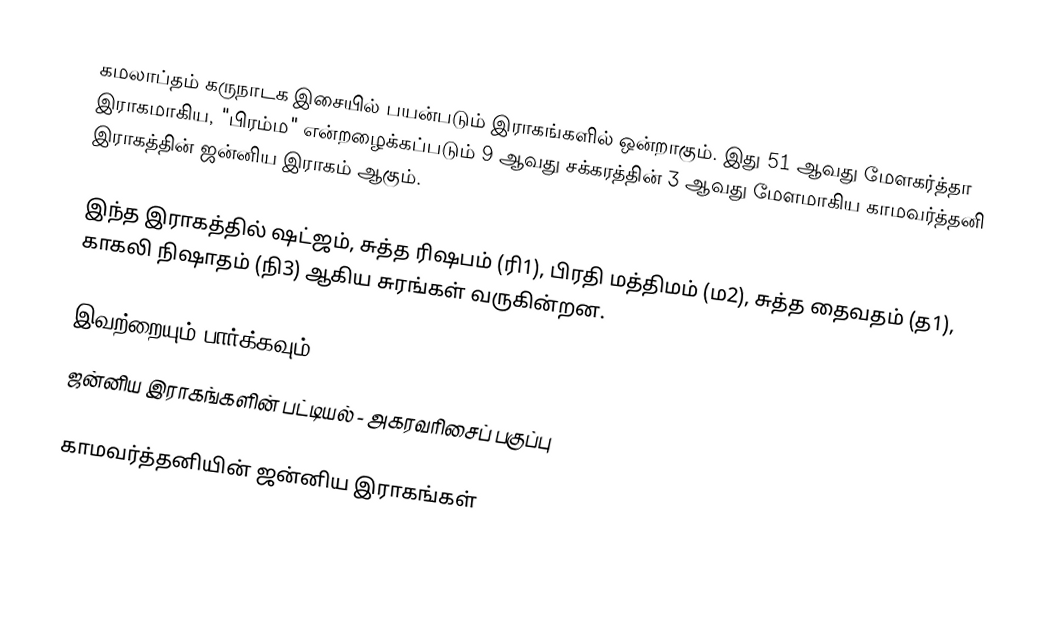
கமலாப்தம் கருநாடக இசையில் பயன்படும் இராகங்களில் ஒன்றாகும். இது 51 ஆவது மேளகர்த்தா இராகமாகிய, "பிரம்ம" என்றழைக்கப்படும் 9 ஆவது சக்கரத்தின் 3 ஆவது மேளமாகிய காமவர்த்தனி இராகத்தின் ஜன்னிய இராகம் ஆகும்.

இந்த இராகத்தில் ஷட்ஜம், சுத்த ரிஷபம் (ரி1),  பிரதி மத்திமம் (ம2), சுத்த தைவதம் (த1), காகலி நிஷாதம்  (நி3) ஆகிய சுரங்கள் வருகின்றன.

இவற்றையும் பார்க்கவும்
 ஜன்னிய இராகங்களின் பட்டியல் - அகரவரிசைப் பகுப்பு

காமவர்த்தனியின் ஜன்னிய இராகங்கள்